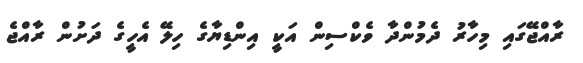
ރާއްޖޭގައި މިހާރު ދެމުންދާ ވެކްސިން އަކީ އިންޑިޔާގެ ހިލޭ އެހީގެ ދަށުން ރާއްޖެ